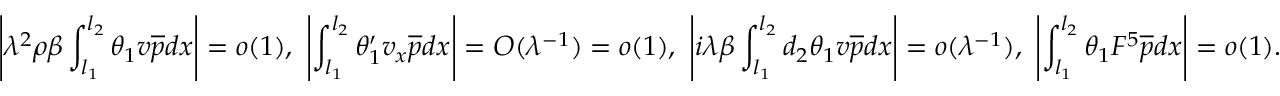
\left| { \lambda } ^ { 2 } \rho \beta \int _ { l _ { 1 } } ^ { l _ { 2 } } \theta _ { 1 } v \overline { { p } } d x \right| = o ( 1 ) , \ \left| \int _ { l _ { 1 } } ^ { l _ { 2 } } \theta _ { 1 } ^ { \prime } v _ { x } \overline { { p } } d x \right| = O ( { \lambda } ^ { - 1 } ) = o ( 1 ) , \ \left| i { \lambda } \beta \int _ { l _ { 1 } } ^ { l _ { 2 } } d _ { 2 } \theta _ { 1 } v \overline { { p } } d x \right| = o ( { \lambda } ^ { - 1 } ) , \ \left| \int _ { l _ { 1 } } ^ { l _ { 2 } } \theta _ { 1 } F ^ { 5 } \overline { { p } } d x \right| = o ( 1 ) .